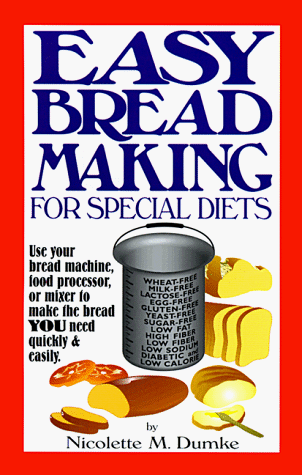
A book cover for Easy Breadmaking for Special Diets : Wheat-Free, Milk- And Lactose-Free, Egg-Free, Gluten-Free, Yeast-Free, Sugar-Free, Low Fat, High To Low Fiber; Nicolette M. Dumke; Health, Fitness & Dieting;